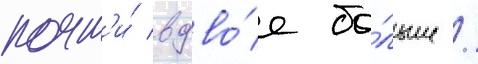
почт'и́ вдво́е бо́льше /